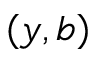
( y , b )